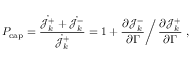
P _ { \mathrm { c a p } } = \frac { \dot { \mathcal { J } _ { k } ^ { + } } + \dot { \mathcal { J } _ { k } ^ { - } } } { \dot { \mathcal { J } _ { k } ^ { + } } } = 1 + \frac { \partial \mathcal { J } _ { k } ^ { - } } { \partial \Gamma } \bigg / \, \frac { \partial \mathcal { J } _ { k } ^ { + } } { \partial \Gamma } \ ,